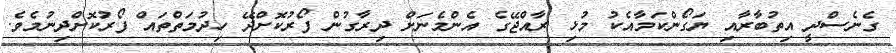
ގެނެސްދީ އިތުބާރާއި ޔަގޯންކަމާއެކު މުޅި ރާއްޖޭގެ އެންމެނަށް ދިރާގުން ފޯރުކޮށްދޭ ހިދުމަތްތައް ފޯރުކޮށްދިނުމެވެ.